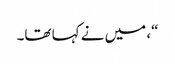
“، میں نے کہا تھا۔